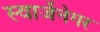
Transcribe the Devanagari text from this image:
स्वार्जेनेगर